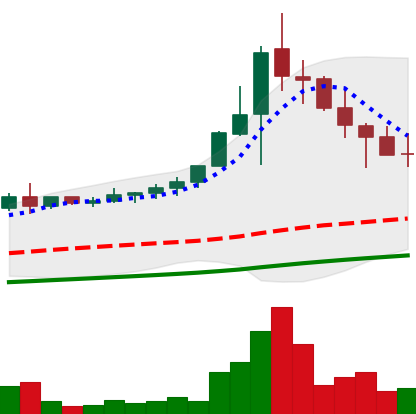
Ticker: NEO-USD
Chart end date: 2021-04-25
Forward return: 22.253%
Label: up_7plus